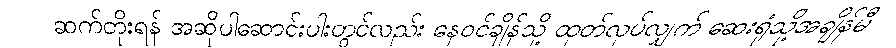
ဆက်တိုးရန် အဆိုပါဆောင်းပါးတွင်လည်း နေဝင်ချိန်သို့ ထုတ်လုပ်လျှက် ဆေးရုံသို့အချိန်မီ